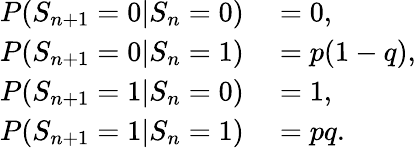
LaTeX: \begin{array}{rl}{P(S_{n+1}=0|S_{n}=0)}&{{}=0,}\\ {P(S_{n+1}=0|S_{n}=1)}&{{}=p(1-q),}\\ {P(S_{n+1}=1|S_{n}=0)}&{{}=1,}\\ {P(S_{n+1}=1|S_{n}=1)}&{{}=pq.}\end{array}